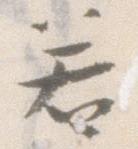
若